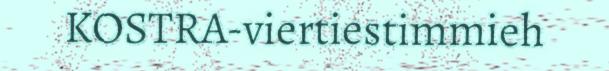
KOSTRA-viertiestimmieh